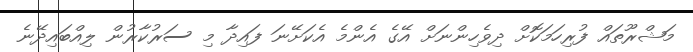
މަޝްރޫތައް ފުރިހަމަކޮށް ދިވެހިންނަށް އޭގެ އެންމެ އެކަށޭނަ ފައިދާ މި ސަރުކާރުން ލިއްބައިދޭނެ